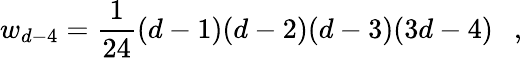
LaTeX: w_{d-4}={\frac{1}{24}}(d-1)(d-2)(d-3)(3d-4)~~~,